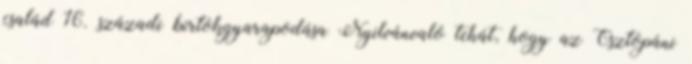
család 16. századi birtokgyarapodása Nyilvánvaló tehát, hogy az Osztopáni